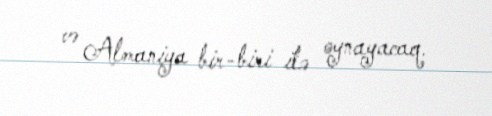
və Almaniya bir-biri ilə oynayacaq.